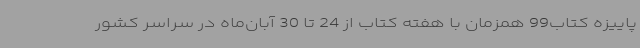
پاییزه کتاب99 همزمان با هفته کتاب از 24 تا 30 آبان‌ماه در سراسر کشور